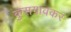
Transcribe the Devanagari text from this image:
कुसगावकर